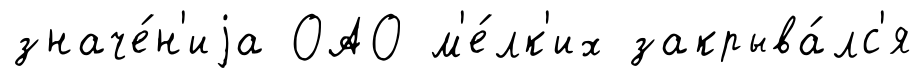
значе́н'иjа ОАО м'е́лк'их закрыва́лс'я